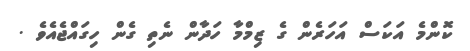
ކޮންމެ އަކަސް އަހަރެން ގެ ޒިމްމާ ހަދާން ނެތި ގެން ހިގައްޖެއެވެ .